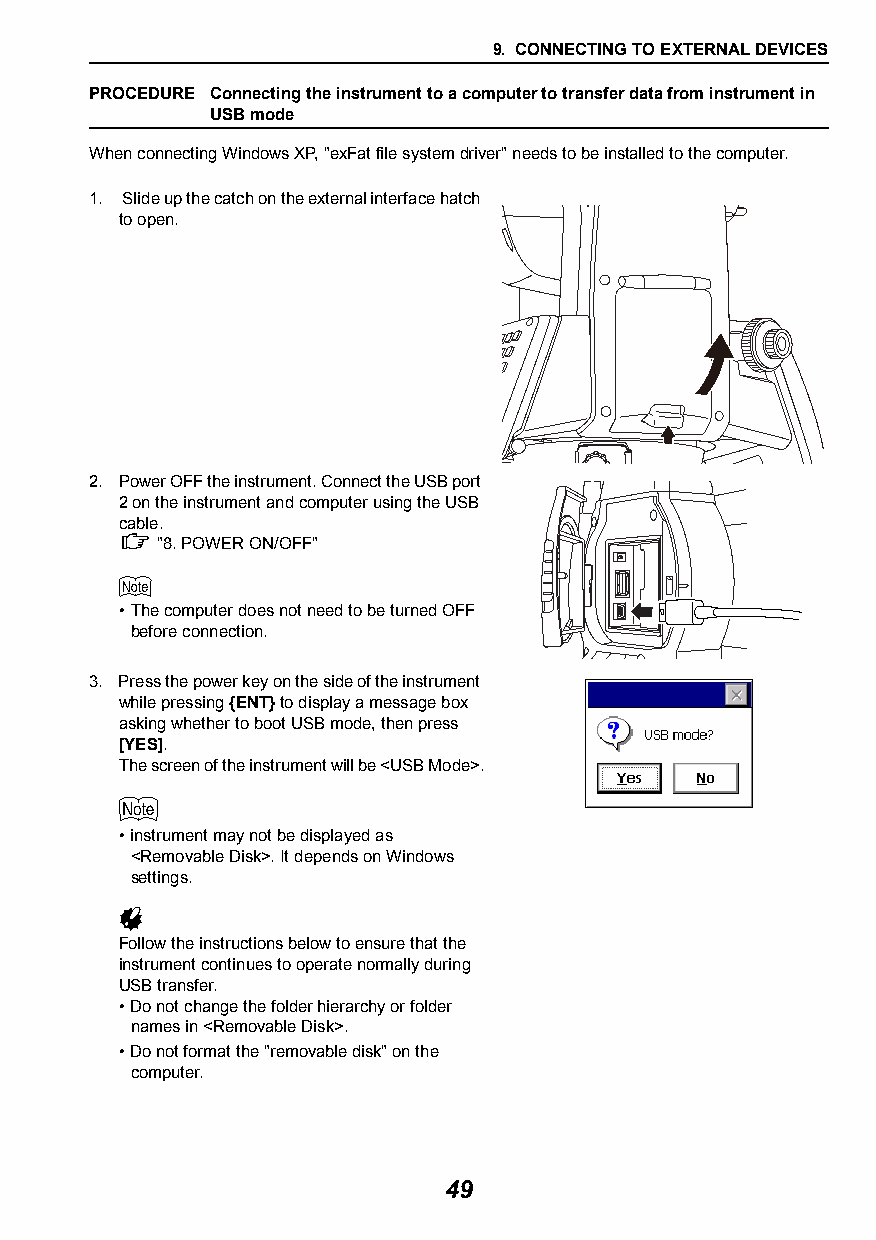
9. CONNECTING TO EXTERNAL DEVICES
 PROCEDURE Connecting the instrument to a computer to transfer data from instrument in
 USB mode
 When connecting Windows XP, "exFat file system driver" needs to be installed to the computer.
 1. Slide up the catch on the external interface hatch
 to open.
 2. Power OFF the instrument. Connect the USB port
 2 on the instrument and computer using the USB
 cable.
  "8.POWER ON/OFF"
 
 •The computer does not need to be turned OFF
 before connection.
 3. Press the power key on the side of the instrument
 while pressing {ENT} to display a message box
 asking whether to boot USB mode, then press
 [YES].
 The screen of the instrument will be <USB Mode>.
 
 •instrument may not be displayed as
 <Removable Disk>. It depends on Windows
 settings.
 
 Follow the instructions below to ensure that the
 instrument continues to operate normally during
 USB transfer.
 •Do not change the folder hierarchy or folder
 names in <Removable Disk>.
 •Do not format the "removable disk" on the
 computer.
 49